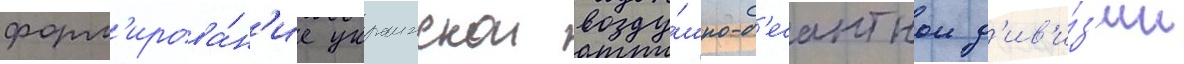
форм'ирова́н'ие украинскои возду́шно-д'есантнои д'ив'и́з'ии